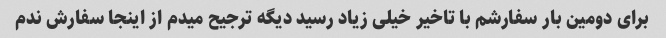
برای دومین بار سفارشم با تاخیر خیلی زیاد رسید دیگه ترجیح میدم از اینجا سفارش ندم